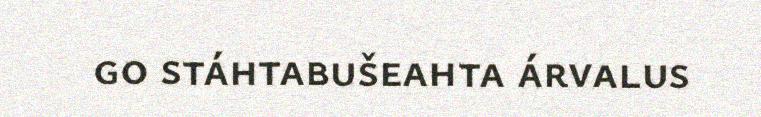
go stáhtabušeahta árvalus